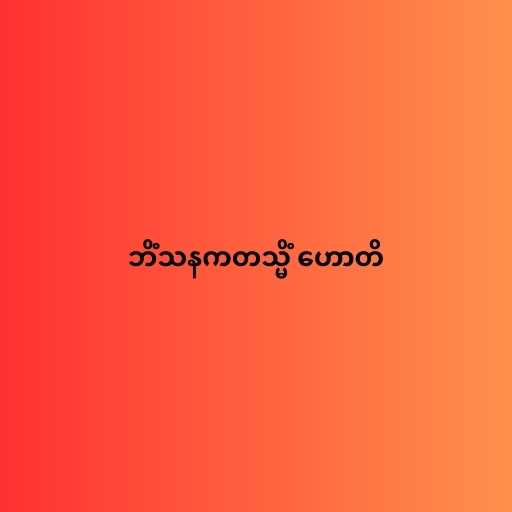
ဘိံသနကတသ္မိံ ဟောတိ